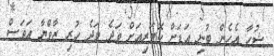
ޝުހާ އެހެން ބުނި އަޑަށް ކޮޓަރިއަށް ވަދެ ވަދެ ހުރި ޒާވްޔާ އަވަސް